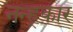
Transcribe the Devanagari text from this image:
नन्ह्कार